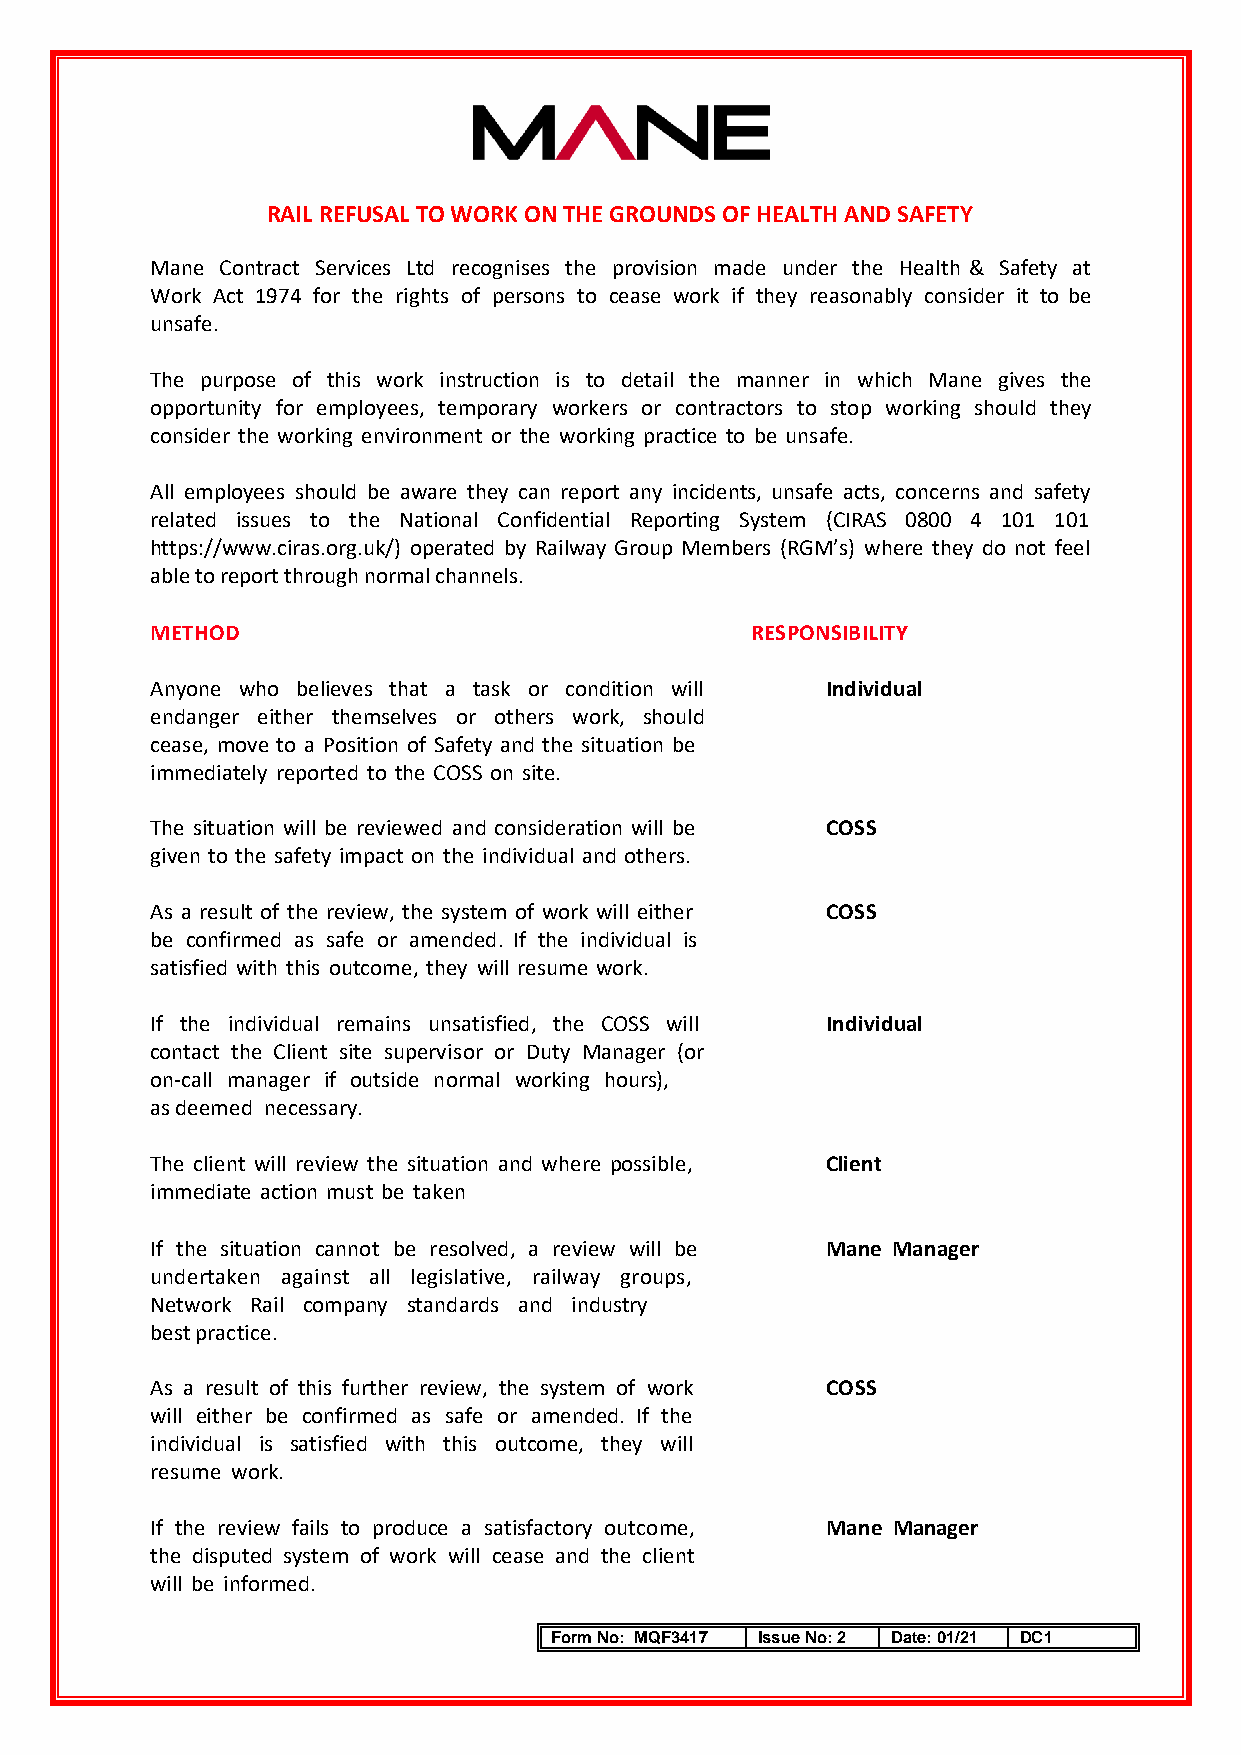
RAIL REFUSAL TO WORK ON THE GROUNDS OF HEALTH AND SAFETY
 Mane Contract Services Ltd recognises the provision made under the Health & Safety at
 Work Act 1974 for the rights of persons to cease work if they reasonably consider it to be
 unsafe.
 The purpose of this work instruction is to detail the manner in which Mane gives the
 opportunity for employees, temporary workers or contractors to stop working should they
 consider the working environment or the working practice to be unsafe.
 All employees should be aware they can report any incidents, unsafe acts, concerns and safety
 related issues to the National Confidential Reporting System (CIRAS 0800 4 101 101
 https://www.ciras.org.uk/) operated by Railway Group Members (RGM’s) where they do not feel
 able to report through normal channels.
 METHOD                                  RESPONSIBILITY
 Anyone who believes that a task or condition will Individual
 endanger either themselves or others work, should
 cease, move to a Position of Safety and the situation be
 immediately reported to the COSS on site.
 The situation will be reviewed and consideration will be COSS
 given to the safety impact on the individual and others.
 As a result of the review, the system of work will either COSS
 be confirmed as safe or amended. If the individual is
 satisfied with this outcome, they will resume work.
 If the individual remains unsatisfied, the COSS will Individual
 contact the Client site supervisor or Duty Manager (or
 on-call manager if outside normal working hours),
 as deemed necessary.
 The client will review the situation and where possible, Client
 immediate action must be taken
 If the situation cannot be resolved, a review will be Mane Manager
 undertaken against all legislative, railway groups,
 Network Rail company standards and industry
 best practice.
 As a result of this further review, the system of work COSS
 will either be confirmed as safe or amended. If the
 individual is satisfied with this outcome, they will
 resume work.
 If the review fails to produce a satisfactory outcome, Mane Manager
 the disputed system of work will cease and the client
 will be informed.
 Form No: MQF3417 Issue No: 2 Date: 01/21 DC1